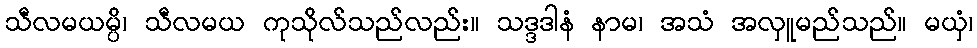
သီလမယမ္ပိ၊ သီလမယ ကုသိုလ်သည်လည်း။ သဒ္ဒဒါနံ နာမ၊ အသံ အလှူမည်သည်။ မယှံ၊